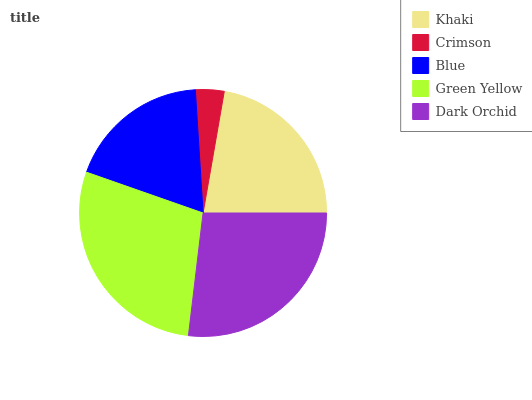
| Khaki | Crimson | Blue | Green Yellow | Dark Orchid |
 | --- | --- | --- | --- | --- |
 | 22.3% | 3.74% | 18.6% | 28.5% | 26.9% |